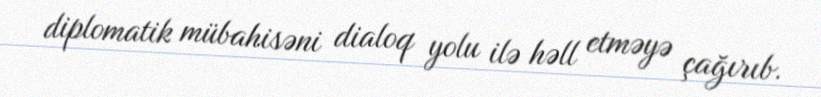
diplomatik mübahisəni dialoq yolu ilə həll etməyə çağırıb.